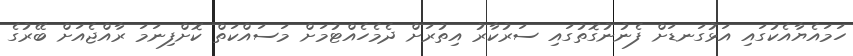
ހަމައެޔާއެކުގައި އަޅުގަނޑަށް ފެނުނުގޮތުގައި ސަރުކާރު އިތުރަށް ދެމެހެއްޓުމަށް މަސައްކަތް ކޮށްފިނަމަ ރާއްޖެއަށް ބޭރުގެ